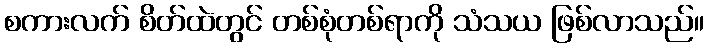
စကားလက် စိတ်ထဲတွင် တစ်စုံတစ်ရာကို သံသယ ဖြစ်လာသည်။